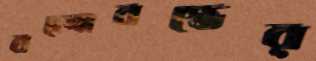
বন্দোবস্তের